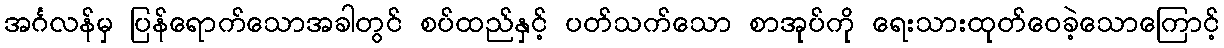
အင်္ဂလန်မှ ပြန်ရောက်သောအခါတွင် စပ်ထည်နှင့် ပတ်သက်သော စာအုပ်ကို ရေးသားထုတ်ဝေခဲ့သောကြောင့်